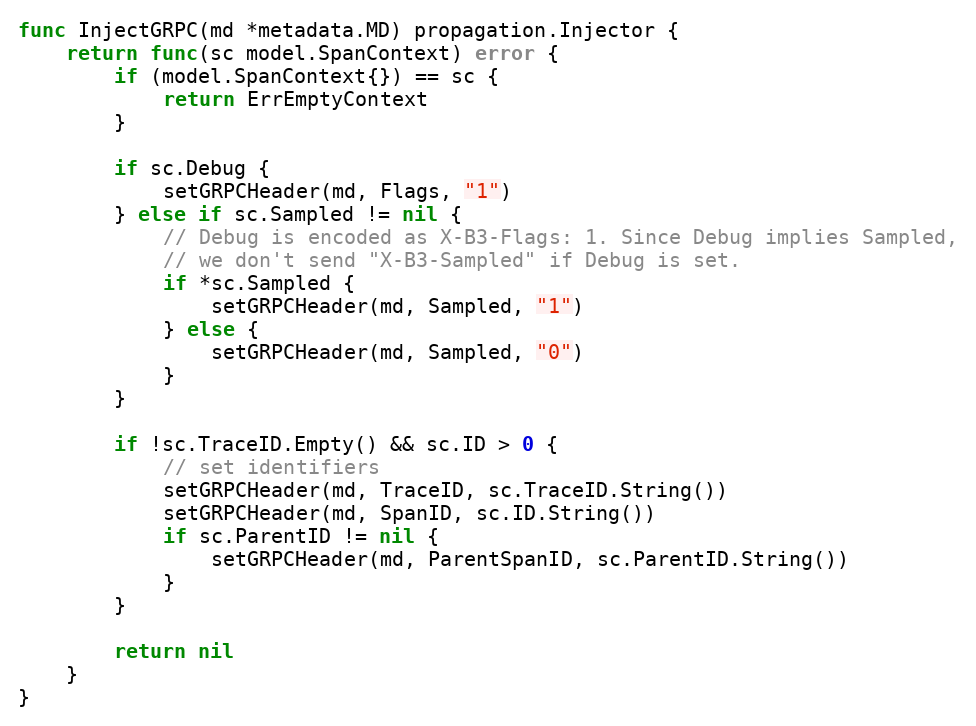
Language: Go
func InjectGRPC(md *metadata.MD) propagation.Injector {
	return func(sc model.SpanContext) error {
		if (model.SpanContext{}) == sc {
			return ErrEmptyContext
		}

		if sc.Debug {
			setGRPCHeader(md, Flags, "1")
		} else if sc.Sampled != nil {
			// Debug is encoded as X-B3-Flags: 1. Since Debug implies Sampled,
			// we don't send "X-B3-Sampled" if Debug is set.
			if *sc.Sampled {
				setGRPCHeader(md, Sampled, "1")
			} else {
				setGRPCHeader(md, Sampled, "0")
			}
		}

		if !sc.TraceID.Empty() && sc.ID > 0 {
			// set identifiers
			setGRPCHeader(md, TraceID, sc.TraceID.String())
			setGRPCHeader(md, SpanID, sc.ID.String())
			if sc.ParentID != nil {
				setGRPCHeader(md, ParentSpanID, sc.ParentID.String())
			}
		}

		return nil
	}
}